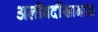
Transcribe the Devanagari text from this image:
अलीवर्दीखानास